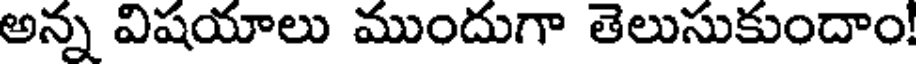
అన్న విషయాలు ముందుగా తెలుసుకుందాం!